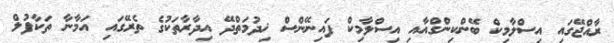
ރާއްޖޭގައި އިސްލާމިކް ބޭންކިންގްއާއި އިސްލާމިކް ފައިނޭންސް ޚިދުމަތްދޭ އިދާރާތަކުގެ ތެރޭގައި އަމާނާ ތަކާފުލް